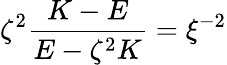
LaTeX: \zeta^{2}\frac{K-E}{E-\zeta^{2}K}=\xi^{-2}